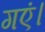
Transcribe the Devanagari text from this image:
गएं।